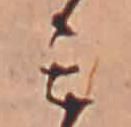
ミ